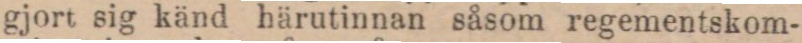
gjort sig känd härutinnan såsom regementskom-